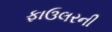
ફાઉલરની